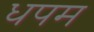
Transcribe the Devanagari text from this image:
धपम